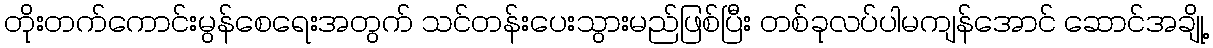
တိုးတက်ကောင်းမွန်စေရေးအတွက် သင်တန်းပေးသွားမည်ဖြစ်ပြီး တစ်ခုလပ်ပါမကျန်အောင် ဆောင်အချို့